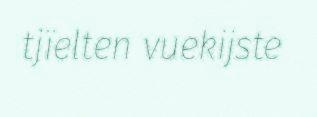
tjïelten vuekijste